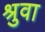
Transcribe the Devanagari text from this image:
श्रुवा